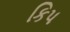
કિપ